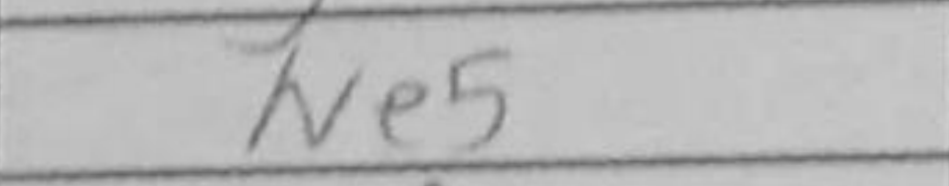
Transcription: Ne5